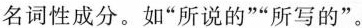
名词性成分。如”所说的””所写的”。